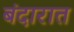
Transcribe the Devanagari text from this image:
बंदारात